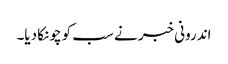
اندرونی خبر نے سب کو چونکا دیا۔